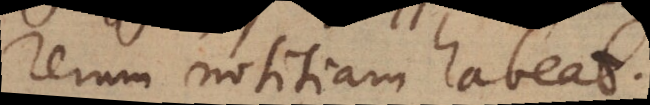
rerum notitiam habeat.